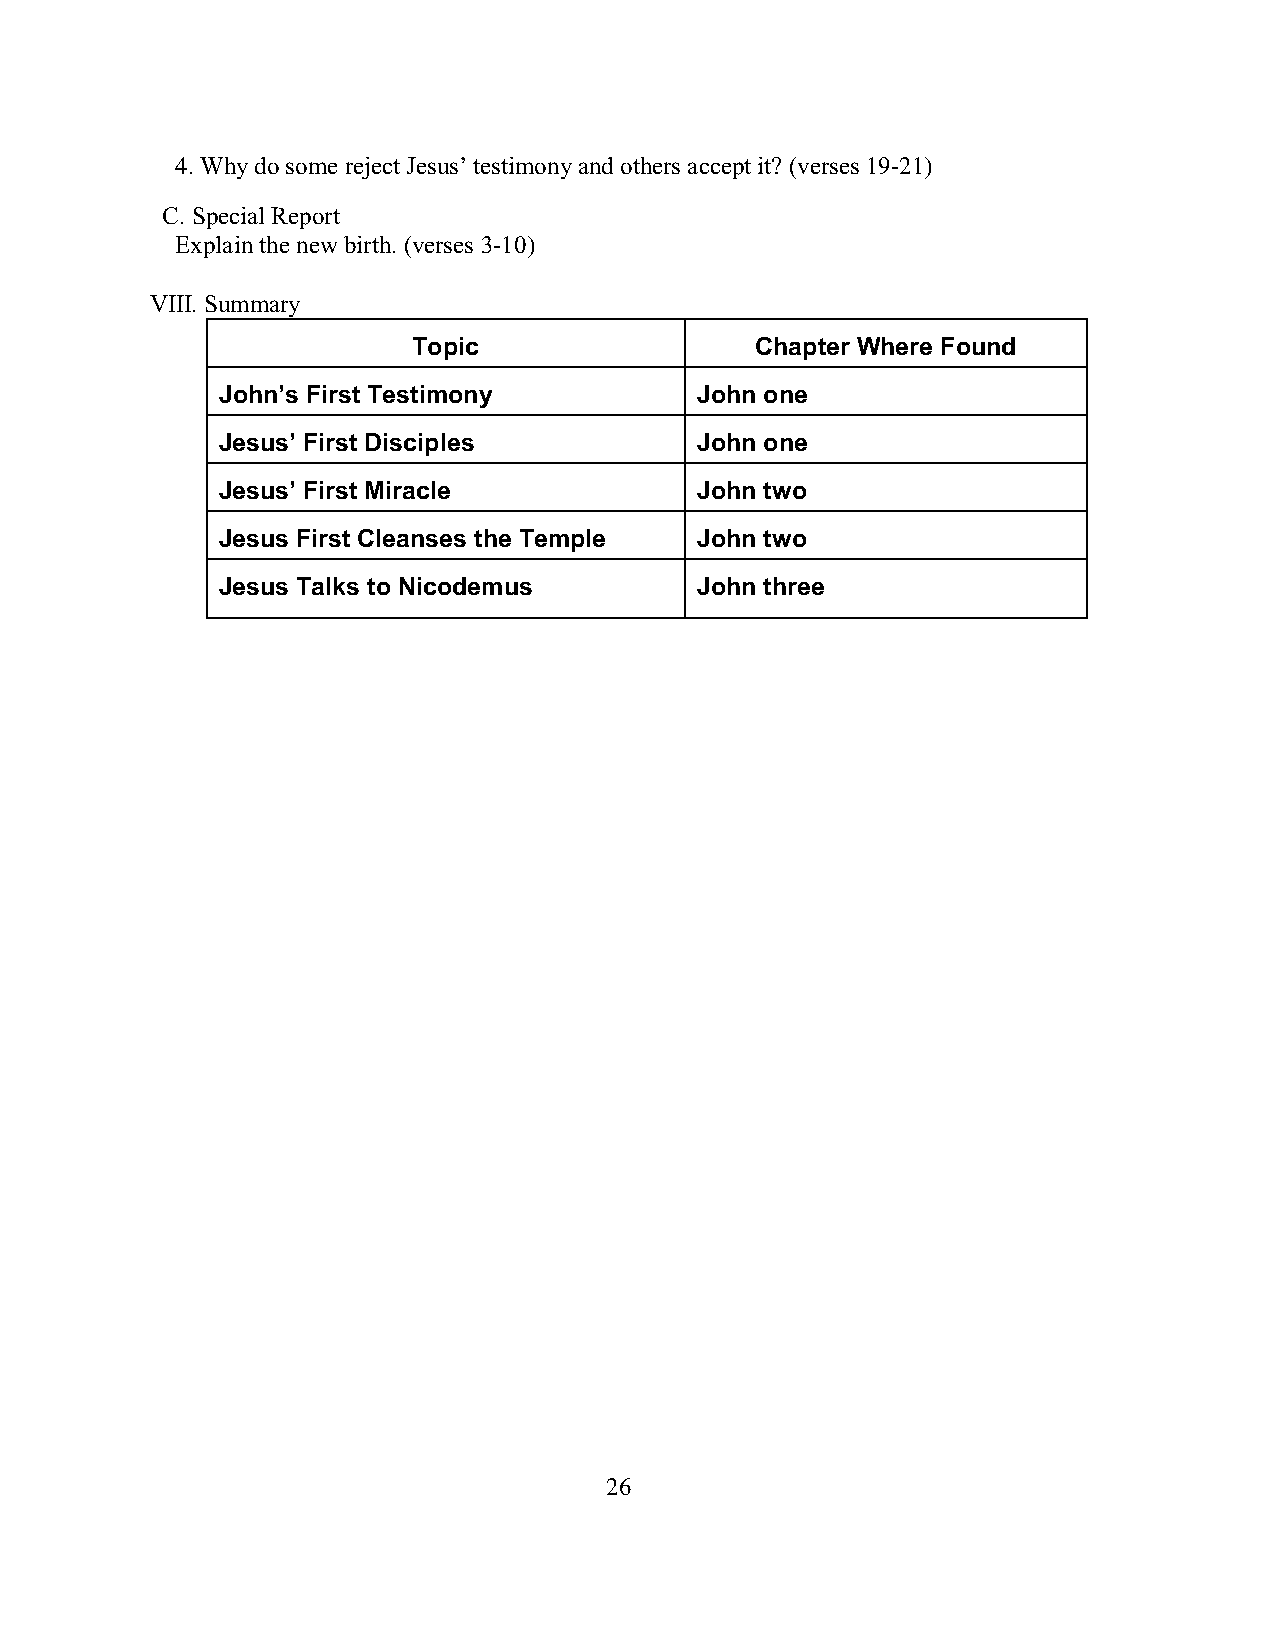
4. Why do some reject Jesus’ testimony and others accept it? (verses 19-21)
 C. Special Report
 Explain the new birth. (verses 3-10)
 VIII. Summary
 Topic                  Chapter Where Found
 John’s First Testimony          John one
 Jesus’ First Disciples          John one
 Jesus’ First Miracle            John two
 Jesus First Cleanses the Temple John two
 Jesus Talks to Nicodemus        John three
 26